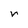
Character: r